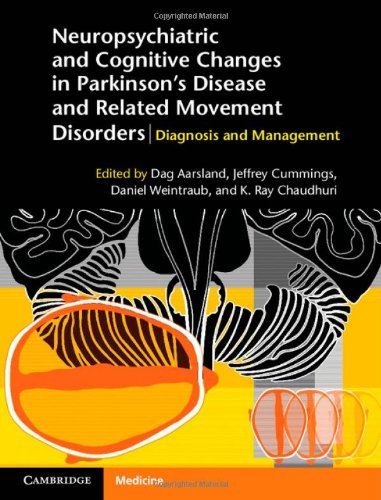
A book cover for Neuropsychiatric and Cognitive Changes in Parkinson's Disease and Related Movement Disorders: Diagnosis and Management; Health, Fitness & Dieting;